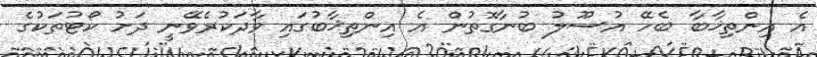
އެ އިންތިޚާބާ ބެހޭ އުސޫލު ބުނާގޮތުން އެ އިންތިޚާބުގައި ވާދަކުރެވޭނީ ދަށު ކޯޓުތަކުގެ